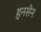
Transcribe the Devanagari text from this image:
हनसेन